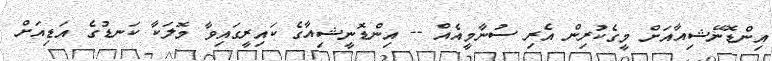
އިންޑޮނޭޝިއާއަށް މީގެކުރިން އެރި ސުނާމީއެއް -- އިންޑޮނީޝިއާގެ ކައިރީގައިވާ މޮލަކާ ކަނޑުގެ އަޑިއަށް